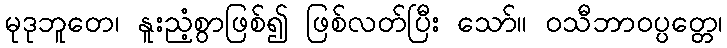
မုဒုဘူတေ၊ နူးညံ့စွာဖြစ်၍ ဖြစ်လတ်ပြီး သော်။ ဝသီဘာဝပ္ပတ္တေ၊